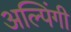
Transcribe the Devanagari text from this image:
अल्पिंगी